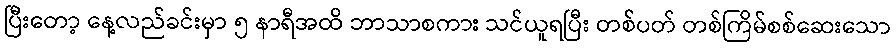
ပြီးတော့ နေ့လည်ခင်းမှာ ၅ နာရီအထိ ဘာသာစကား သင်ယူရပြီး တစ်ပတ် တစ်ကြိမ်စစ်ဆေးသော